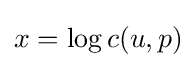
x=\log c(u,p)